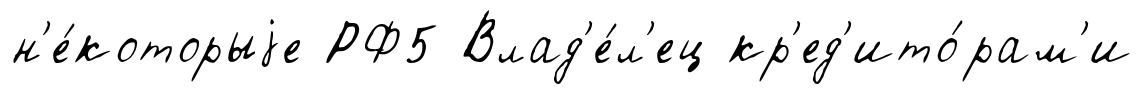
н'е́которыjе РФ5 Влад'е́л'ец кр'ед'ито́рам'и